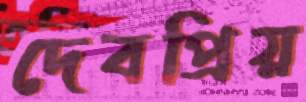
দেবপ্রিয়